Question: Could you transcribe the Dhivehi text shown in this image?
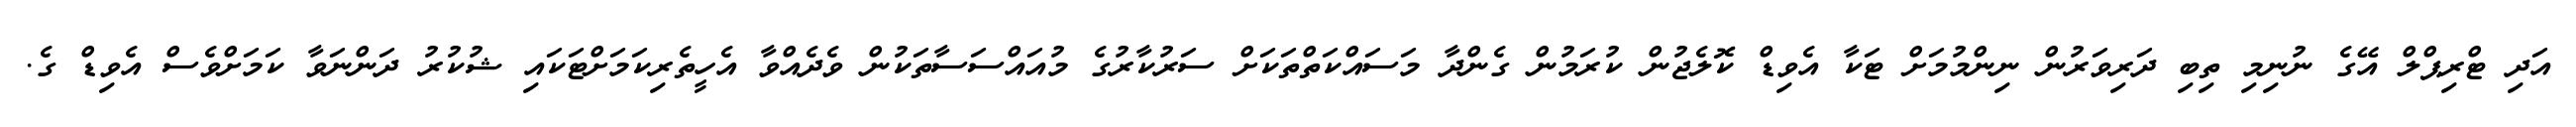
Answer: އަދި ޓްރިޕްލް އޭގެ ނުނިމި ތިބި ދަރިވަރުން ނިންމުމަށް ޓަކާ އެވިޑް ކޮލެޖުން ކުރަމުން ގެންދާ މަސައްކަތްތަކަށް ސަރުކާރުގެ މުއައްސަސާތަކުން ވެދެއްވާ އެހީތެރިކަމަށްޓަކައި ޝުކުރު ދަންނަވާ ކަމަށްވެސް އެވިޑް ގެ.